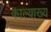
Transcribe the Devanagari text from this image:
काल्याख्य